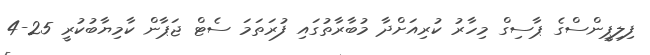
ފިލިޕީންސްގެ ޕާސިގް މިހާރު ކުރިއަށްދާ މުބާރާތުގައި ފުރަތަމަ ސެޓް ޖަޕާން ކާމިޔާބުކުރީ 25-4